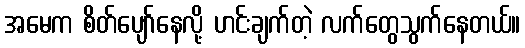
အမေက စိတ်ပျော်နေလို့ ဟင်းချက်တဲ့ လက်တွေသွက်နေတယ်။